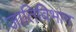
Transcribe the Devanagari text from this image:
जातिविभाग